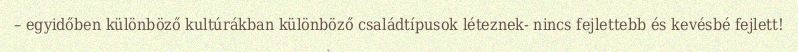
– egyidőben különböző kultúrákban különböző családtípusok léteznek- nincs fejlettebb és kevésbé fejlett!